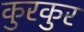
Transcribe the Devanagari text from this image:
कुरकुर